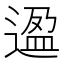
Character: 𬨸